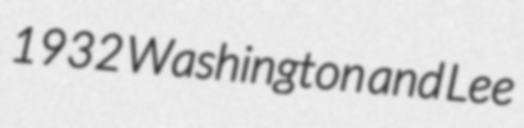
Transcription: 1932 Washington and Lee